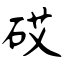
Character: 砹